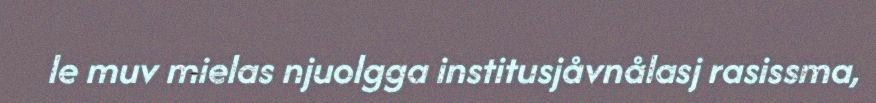
le muv mielas njuolgga institusjåvnålasj rasissma,